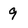
Character: 9